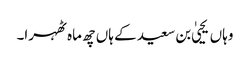
وہاں یحییٰ بن سعید کے ہاں چھ ماہ ٹھہرا۔